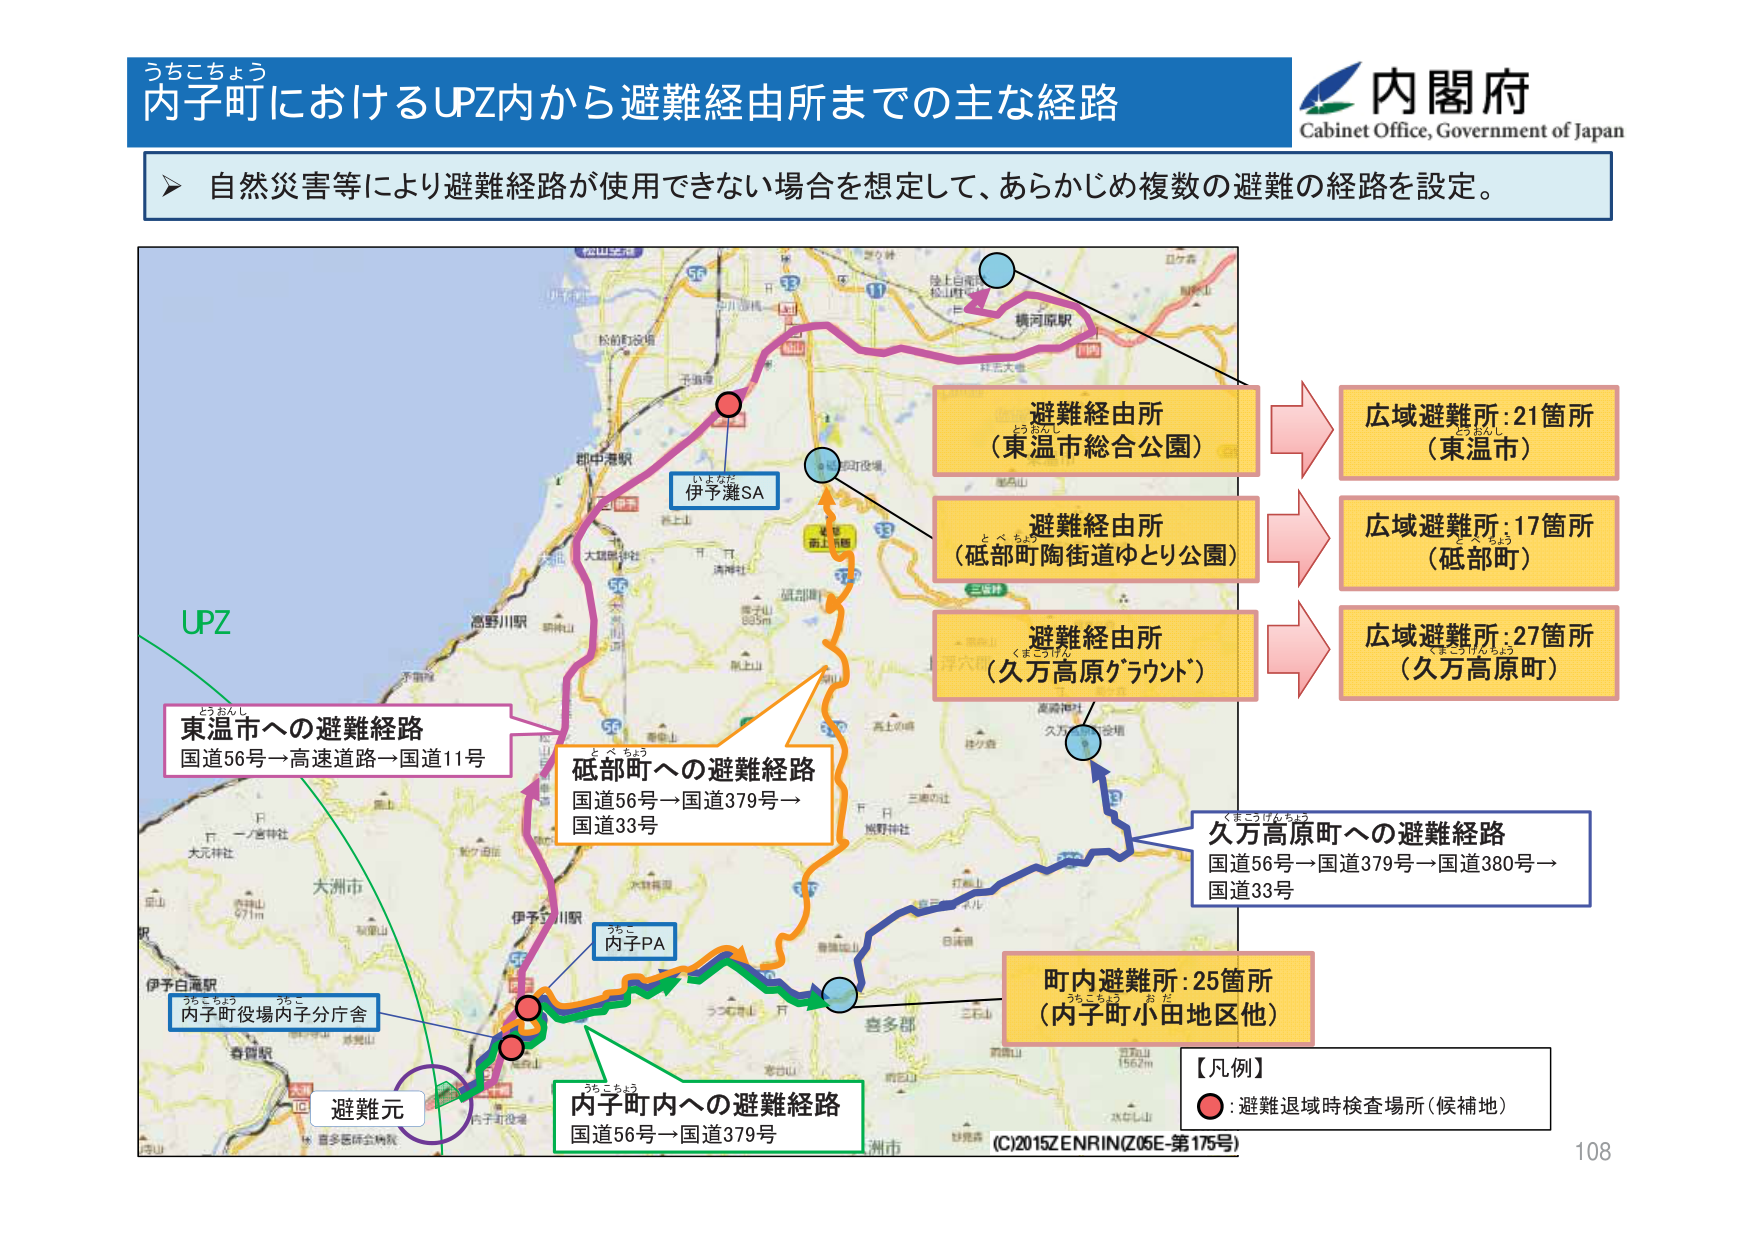
うちこちょう
内子町におけるUPZ内から避難経由所までの主な経路
内閣府
Cabinet Office, Government of Japan
自然災害等により避難経路が使用できない場合を想定して、あらかじめ複数の避難の経路を設定。
UPZ
東温市への避難経路
国道56号→高速道路→国道11号
伊予灘SA
内子PA
内子町役場内子分庁舎
避難元
内子町への避難経路
国道56号→国道379号
砥部町への避難経路
国道56号→国道379号→国道33号
久万高原町への避難経路
国道56号→国道379号→国道380号→国道33号
避難経由所
（東温市総合公園）
避難経由所
（砥部町陶街道ゆとり公園）
避難経由所
（久万高原グラウンド）
広域避難所：21箇所
（東温市）
広域避難所：17箇所
（砥部町）
広域避難所：27箇所
（久万高原町）
町内避難所：25箇所
（内子町小田地区他）
【凡例】
●：避難退域時検査場所（候補地）
(C)2015 ZENRIN (Z05E-第175号)
108